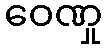
ဝေဏှု